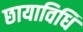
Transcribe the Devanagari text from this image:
छायाविधि